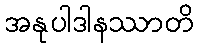
အနုပါဒါနဿာတိ